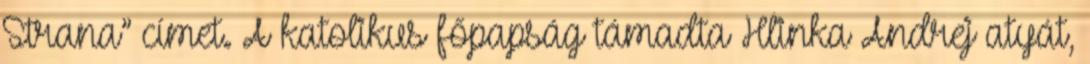
Strana” címet. A katolikus főpapság támadta Hlinka Andrej atyát,